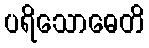
ပရိသောဓေတိ